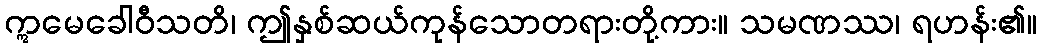
ဣမေခေါဝီသတိ၊ ဤနှစ်ဆယ်ကုန်သောတရားတို့ကား။ သမဏဿ၊ ရဟန်း၏။